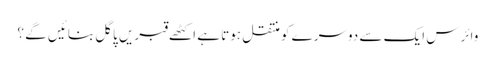
وائرس ایک سے دوسرے کو منتقل ہوتا ہے اکٹھے قبریں پاگل بنائیں گے ؟